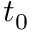
t _ { 0 }